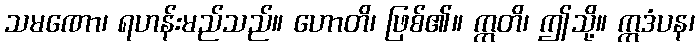
သမဏော၊ ရဟန်းမည်သည်။ ဟောတိ၊ ဖြစ်၏။ ဣတိ၊ ဤသို့။ ဣဒံပန၊